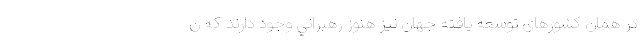
در همان کشورهای توسعه یافته جهان نیز هنوز رهبراني وجود دارند كه ن